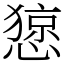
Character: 𢠃